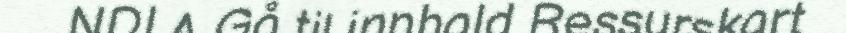
NDLA Gå til innhald Ressurskart